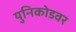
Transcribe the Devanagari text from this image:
युनिकोडवर